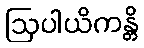
ဩပါယိကန္တိ